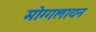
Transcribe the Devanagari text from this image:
मोग्गलायन